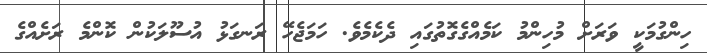
ހިންގުމަކީ ވަރަށް މުހިންމު ކަމެއްގެގޮތުގައި ދެކެމެވެ. ހަމަޖެހޭ ރަނގަޅު އުސޫލަކުން ކޮންމެ ރަށެއްގެ